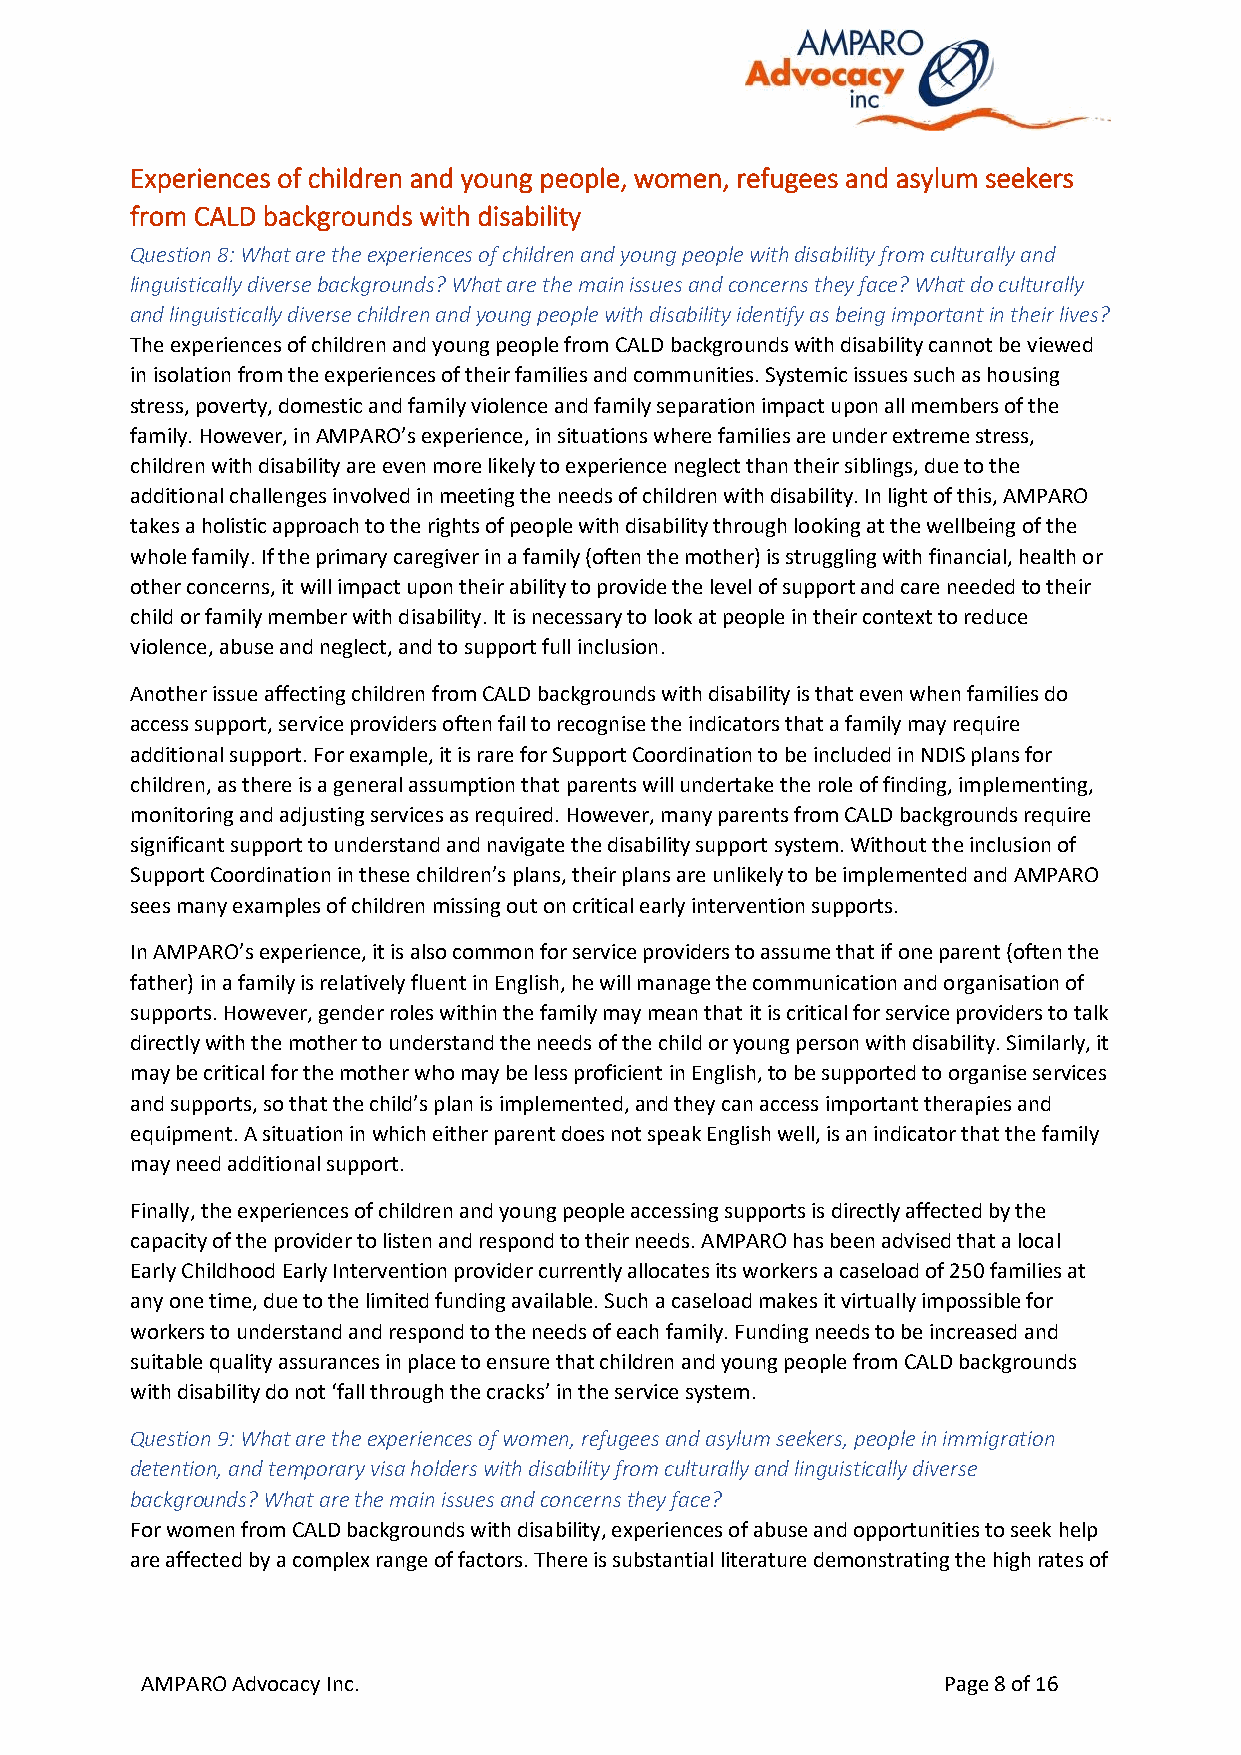
Experiences of children and young people, women, refugees and asylum seekers
 from CALD backgrounds with disability
 Question 8: What are the experiences of children and young people with disability from culturally and
 linguistically diverse backgrounds? What are the main issues and concerns they face? What do culturally
 and linguistically diverse children and young people with disability identify as being important in their lives?
 The experiences of children and young people from CALD backgrounds with disability cannot be viewed
 in isolation from the experiences of their families and communities. Systemic issues such as housing
 stress, poverty, domestic and family violence and family separation impact upon all members of the
 family. However, in AMPARO’s experience, in situations where families are under extreme stress,
 children with disability are even more likely to experience neglect than their siblings, due to the
 additional challenges involved in meeting the needs of children with disability. In light of this, AMPARO
 takes a holistic approach to the rights of people with disability through looking at the wellbeing of the
 whole family. If the primary caregiver in a family (often the mother) is struggling with financial, health or
 other concerns, it will impact upon their ability to provide the level of support and care needed to their
 child or family member with disability. It is necessary to look at people in their context to reduce
 violence, abuse and neglect, and to support full inclusion.
 Another issue affecting children from CALD backgrounds with disability is that even when families do
 access support, service providers often fail to recognise the indicators that a family may require
 additional support. For example, it is rare for Support Coordination to be included in NDIS plans for
 children, as there is a general assumption that parents will undertake the role of finding, implementing,
 monitoring and adjusting services as required. However, many parents from CALD backgrounds require
 significant support to understand and navigate the disability support system. Without the inclusion of
 Support Coordination in these children’s plans, their plans are unlikely to be implemented and AMPARO
 sees many examples of children missing out on critical early intervention supports.
 In AMPARO’s experience, it is also common for service providers to assume that if one parent (often the
 father) in a family is relatively fluent in English, he will manage the communication and organisation of
 supports. However, gender roles within the family may mean that it is critical for service providers to talk
 directly with the mother to understand the needs of the child or young person with disability. Similarly, it
 may be critical for the mother who may be less proficient in English, to be supported to organise services
 and supports, so that the child’s plan is implemented, and they can access important therapies and
 equipment. A situation in which either parent does not speak English well, is an indicator that the family
 may need additional support.
 Finally, the experiences of children and young people accessing supports is directly affected by the
 capacity of the provider to listen and respond to their needs. AMPARO has been advised that a local
 Early Childhood Early Intervention provider currently allocates its workers a caseload of 250 families at
 any one time, due to the limited funding available. Such a caseload makes it virtually impossible for
 workers to understand and respond to the needs of each family. Funding needs to be increased and
 suitable quality assurances in place to ensure that children and young people from CALD backgrounds
 with disability do not ‘fall through the cracks’ in the service system.
 Question 9: What are the experiences of women, refugees and asylum seekers, people in immigration
 detention, and temporary visa holders with disability from culturally and linguistically diverse
 backgrounds? What are the main issues and concerns they face?
 For women from CALD backgrounds with disability, experiences of abuse and opportunities to seek help
 are affected by a complex range of factors. There is substantial literature demonstrating the high rates of
 AMPARO Advocacy Inc.                                 Page 8 of 16